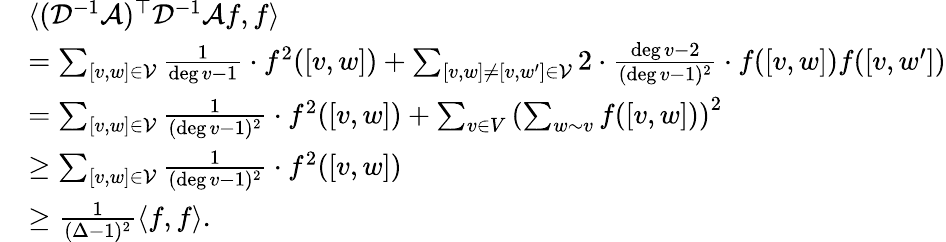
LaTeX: \begin{array}{rl}&{\langle(\mathcal{D}^{-1}\mathcal{A})^{\top}\mathcal{D}^{-1}\mathcal{A}f,f\rangle}\\ &{=\sum_{[v,w]\in\mathcal{V}}\frac{1}{\deg v-1}\cdot f^{2}([v,w])+\sum_{[v,w]\ne[v,w^{\prime}]\in\mathcal{V}}2\cdot\frac{\deg v-2}{(\deg v-1)^{2}}\cdot f([v,w])f([v,w^{\prime}])}\\ &{=\sum_{[v,w]\in\mathcal{V}}\frac{1}{(\deg v-1)^{2}}\cdot f^{2}([v,w])+\sum_{v\in V}\left(\sum_{w\sim v}f([v,w])\right)^{2}}\\ &{\ge\sum_{[v,w]\in\mathcal{V}}\frac{1}{(\deg v-1)^{2}}\cdot f^{2}([v,w])}\\ &{\ge\frac{1}{(\Delta-1)^{2}}\langle f,f\rangle.}\end{array}